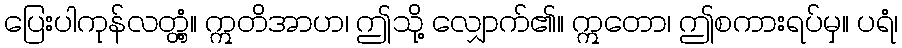
ပြေးပါကုန်လတ္တံ့။ ဣတိအာဟ၊ ဤသို့ လျှောက်၏။ ဣတော၊ ဤစကားရပ်မှ။ ပရံ၊